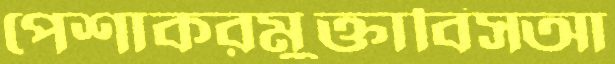
পেশাকরমুক্তাবিসআ